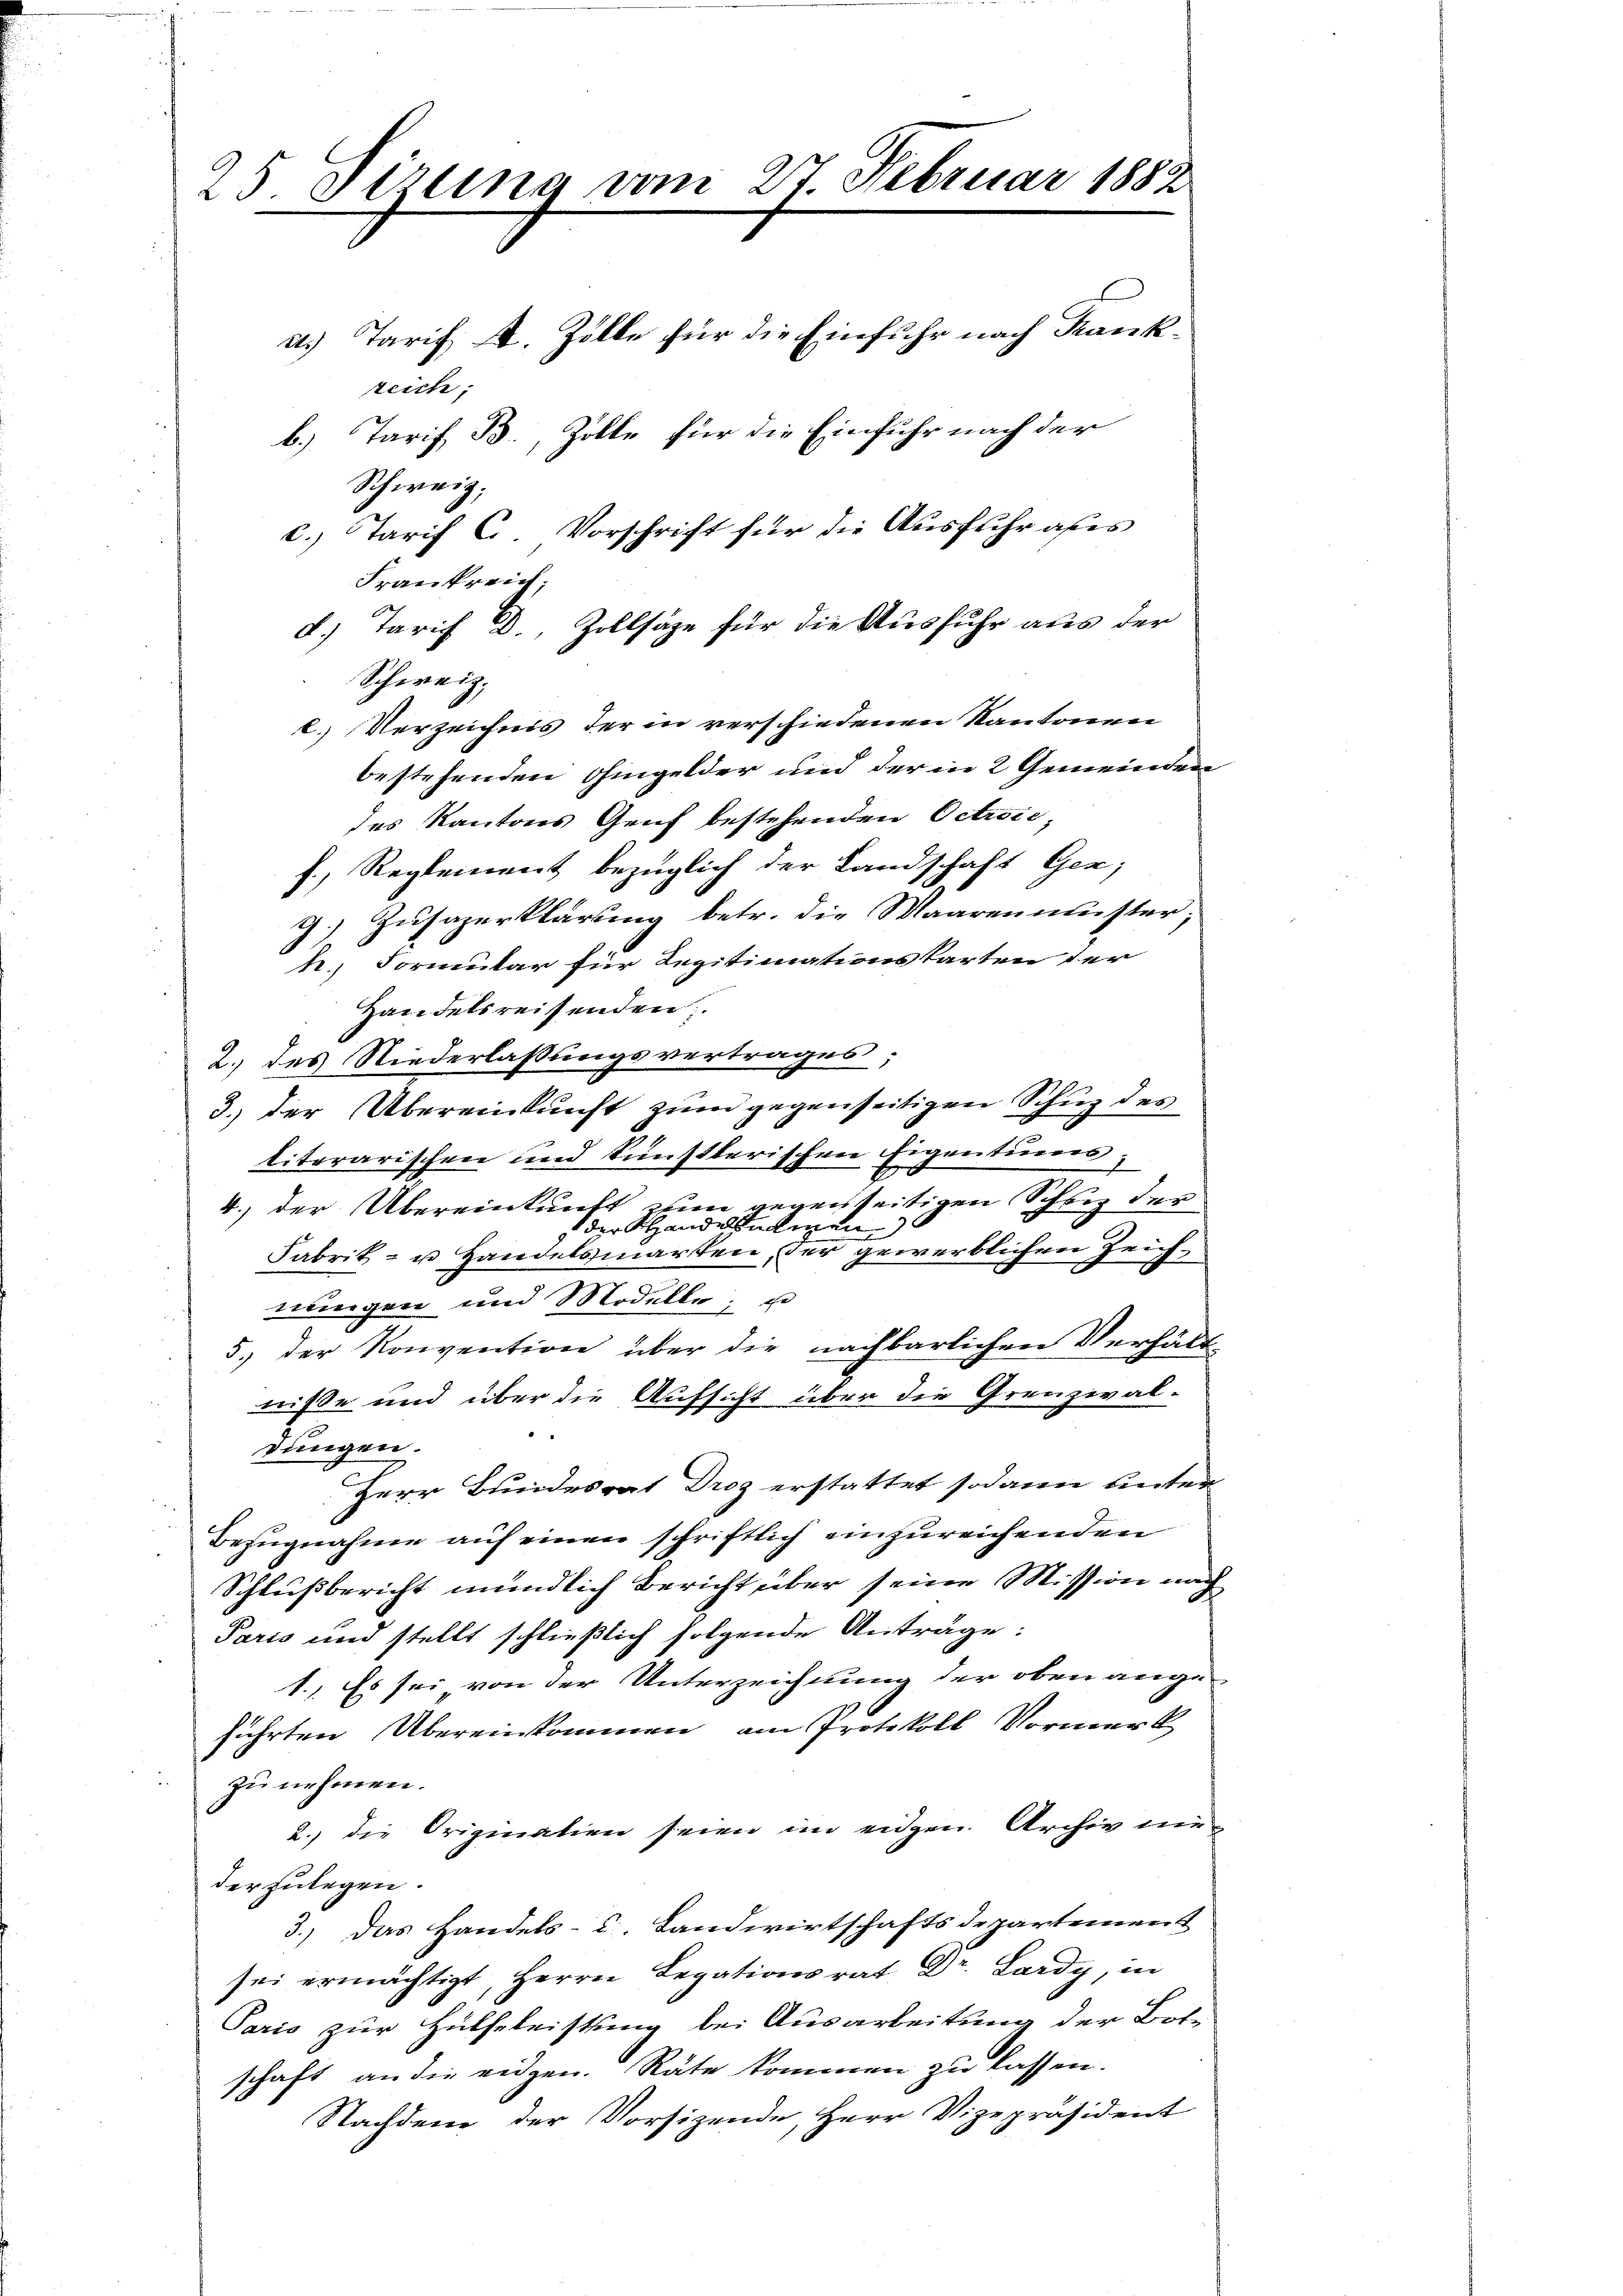
25 Direna vom 27. Februar 1882
e
a.) Tarif A. Zolle für die Einfuhr nach Krankreich;
b.) Tarif B., Zolle für die Einfuhr nach der
Schweiz.
c.) Tarif C. Vorschrift für die Ausfuhr alles

Frankreich.
Schweiz.
c. Verzeichnis der in verschiedenen Kantonen
bestehenden Ohingelder und der in 2 Gemeinden
des Kantons Genf bestehenden Octrose,
f., Reglement bezüglich der Landschaft Gen;
g.) Zusazerklärung betr. die Maarenmuster;
h. Formular für Legitimationskarten der
Handelsreisenden
2.) des Niederlassungsvertrages;
3.) der Übereinkunft zum gegenseitigen Schug des
literarischen und künstlerischen Eigentumes,
4.) der Übereinkunft zum gegenseitigen Schutz der
der Handelsahmen
Fabrik- u Handelsmarken, der gewerblichen Zeichttungen und Modelle; u
5.) Der Konvention über die nachbarlichen Verhält
leisse und über die Aufsicht über die Grenzial-
dungen.
Herr Bundesrat Droz erstattet sodann unter
Bezugnahme auf einen schriftlich einzureichenden
Schlußbericht mündlich Bericht über seine Mission nach
Paris und stellt schließlich folgende Anträge:
1.) Es sei von der Unterzeichnung der oben ange-
führten Übereinkommen, am Protokoll Vormerk
zu nehmen.
2. die Origination seien im eidgen. Archiv nieder zulegen.
3.) Das Handels- u. Landwirtschaftsdepartement
sei ermächtigt, Herrn Legationsrat Dr. Lardy, in
Paris zur Hülfeleistung bei Ausarbeitung der Bol-
schaft an die eidgen. Räte kommen zu lassen.
Nachdem der Vorsizende, Herr Vizepräsident

d.) Tarif D., Zollsäze für die Ausfuhr aus der